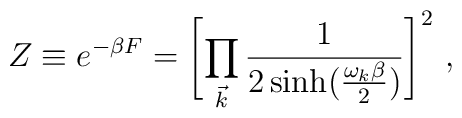
Z \equiv e^{-\beta F} = \Biggl[\prod_{\vec k} {1\over 2 \sinh \bigl({\omega_k \beta \over 2 }\bigr)}\Biggr]^2\ ,